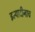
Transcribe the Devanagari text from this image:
इत्यादीनाच